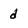
Character: d